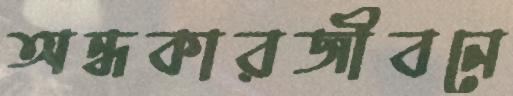
অন্ধকারজীবনে